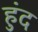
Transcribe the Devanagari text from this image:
हुंद